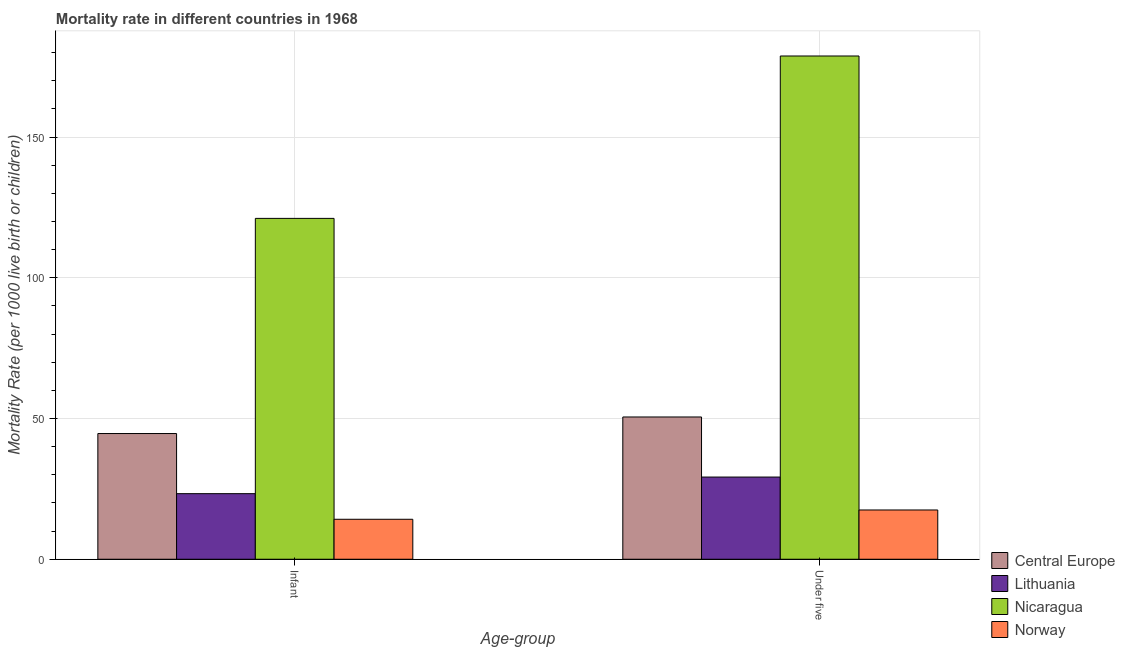
| Age-group | Central Europe | Lithuania | Nicaragua | Norway |
 | --- | --- | --- | --- | --- |
 | Infant | 44.7 | 23.3 | 121 | 14.2 |
 | Under five | 50.5 | 29.2 | 179 | 17.5 |